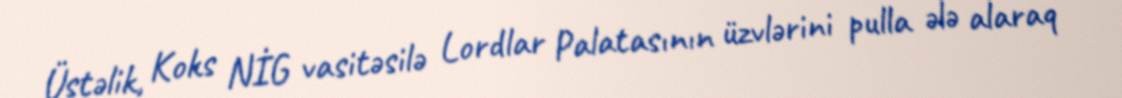
Üstəlik, Koks NİG vasitəsilə Lordlar Palatasının üzvlərini pulla ələ alaraq